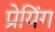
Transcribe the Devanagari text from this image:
प्रेयिंग